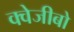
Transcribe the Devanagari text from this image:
क्वेजीबो